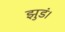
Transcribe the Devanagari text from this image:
झुडं।